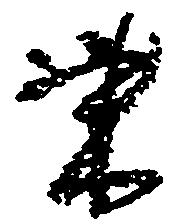
東